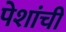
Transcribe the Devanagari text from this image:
पेशांची